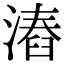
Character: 𣻛